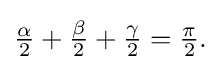
{\textstyle {\tfrac {\alpha }{2}}+{\tfrac {\beta }{2}}+{\tfrac {\gamma }{2}}={\tfrac {\pi }{2}}.}